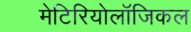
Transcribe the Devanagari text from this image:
मेटिरियोलॉजिकल